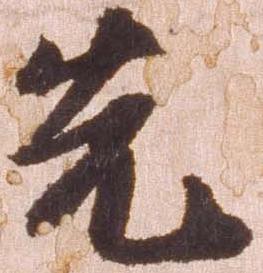
先